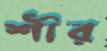
শীর